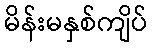
မိန်းမနှစ်ကျိပ်